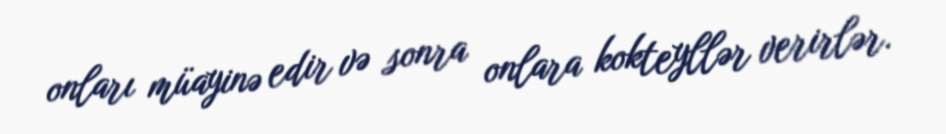
onları müayinə edir və sonra onlara kokteyllər verirlər.